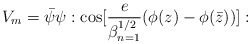
\begin{align*}V_m = {\bar \psi} \psi : {\rm cos} [{e \over \beta^{1/2}_{n=1}}(\phi(z) - \phi({\bar z}))]:\end{align*}